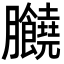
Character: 𦣗